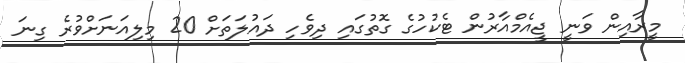
މީރާއިން ވަނީ ޖީއެމްއާރުން ޓެކުހުގެ ގޮތުގައި ދިވެހި ދައުލަތަށް 20 މިލިއަނަށްވުރެ ގިނަ